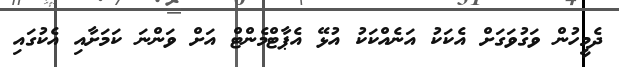
ދެމީހުން ވަގުވަގަށް އެކަކު އަނެއްކަކު އުޅޭ އެޕާޓްމެންޓް އަށް ވަންނަ ކަމަށާއި އެކުގައި